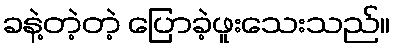
ခနဲ့တဲ့တဲ့ ပြောခဲ့ဖူးသေးသည်။